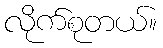
လိုက်စုတယ်။